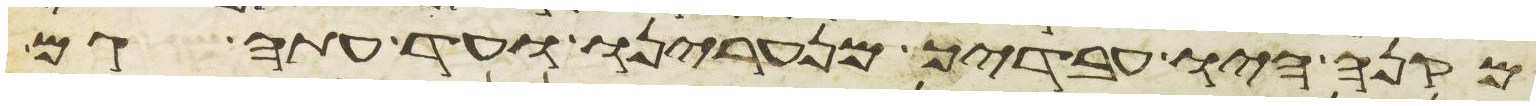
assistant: מקנה היו עבדיך מנערינו ועד עתה גם